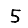
Digit: 5